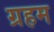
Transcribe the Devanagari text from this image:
ग्रहम